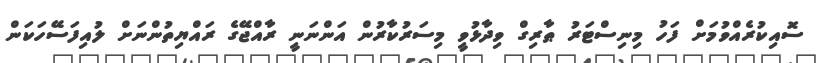
ސޮއިކުރެއްވުމަށް ފަހު މިނިސްޓަރު ޠާރިގް ވިދާޅުވީ މިސަރުކާރުން އަންނަނީ ރާއްޖޭގެ ރައްޔިތުންނަށް ލުއިފަސޭހަކަން